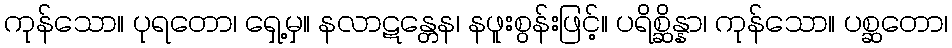
ကုန်သော။ ပုရတော၊ ရှေ့မှ။ နလာဋန္တေန၊ နဖူးစွန်းဖြင့်။ ပရိစ္ဆိန္နာ၊ ကုန်သော။ ပစ္ဆတော၊